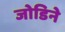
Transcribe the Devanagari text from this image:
जोडिने